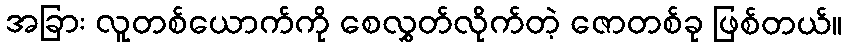
အခြား လူတစ်ယောက်ကို စေလွှတ်လိုက်တဲ့ ဇောတစ်ခု ဖြစ်တယ်။